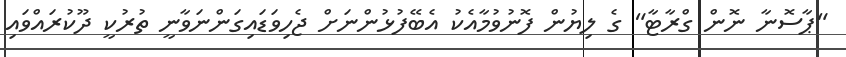
"ޕާސޮނާ ނޮން ގްރާޓާ" ގެ ލިޔުން ފޮނުވުމާއެކު އެބޭފުޅުންނަށް ޖެހިވަޑައިގަންނަވާނީ ތުރުކީ ދޫކުރައްވައި